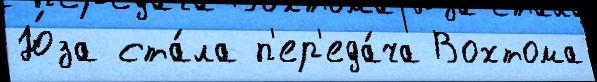
Ю́за ста́ла п'ер'еда́ча Вохтома